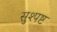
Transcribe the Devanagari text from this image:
सुश्पष्ट